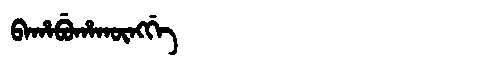
Manchu: ᠪᠠᡥᠠᠪᡠᡥᠠᡴᡡᠩᡤᡝ
Romanization: BAHABUHAKŪNGGE